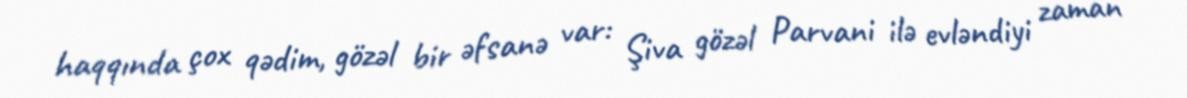
haqqında çox qədim, gözəl bir əfsanə var: Şiva gözəl Parvani ilə evləndiyi zaman